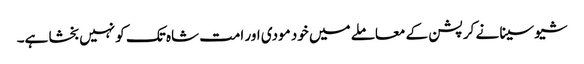
شیو سینا نے کرپشن کے معاملے میں خود مودی اور امت شاہ تک کو نہیں بخشا ہے۔